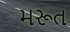
મરૂત